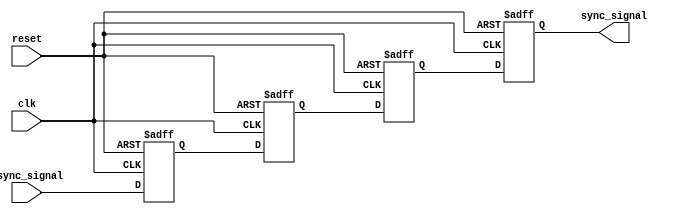
module triple_ff_synchronizer (
    input wire async_signal,  // Asynchronous input signal
    input wire clk,           // Clock signal from the receiving clock domain
    input wire reset,         // Optional reset signal
    output reg sync_signal     // Synchronized output signal
);

    // Internal flip-flop signals
    reg ff1, ff2, ff3;

    // Always block for flip-flop behavior
    always @(posedge clk or posedge reset) begin
        if (reset) begin
            // Initialize flip-flops to a known state on reset
            ff1 <= 1'b0;
            ff2 <= 1'b0;
            ff3 <= 1'b0;
            sync_signal <= 1'b0;
        end else begin
            // Sample the asynchronous signal into the first flip-flop
            ff1 <= async_signal; 
            // Pass the output of FF1 to FF2
            ff2 <= ff1; 
            // Pass the output of FF2 to FF3
            ff3 <= ff2; 
            // The final synchronized output
            sync_signal <= ff3; 
        end
    end

endmodule